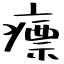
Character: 瘭